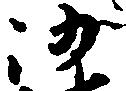
沙